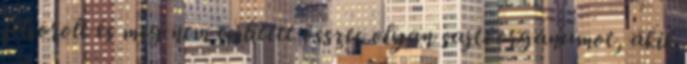
felsorolt és meg nem emlí­tett összes olyan sajtóorgánumot, akik